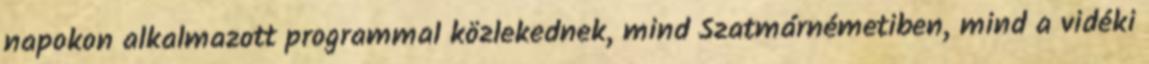
napokon alkalmazott programmal közlekednek, mind Szatmárnémetiben, mind a vidéki